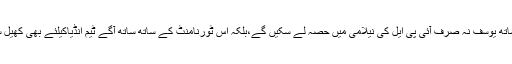
اسی کے ساتھ یوسف نہ صرف آئی پی ایل کی نیلامی میں حصہ لے سکیں گے،بلکہ اس ٹورنامنٹ کے ساتھ ساتھ آگے ٹیم انڈیاکیلئے بھی کھیل سکیں گے۔